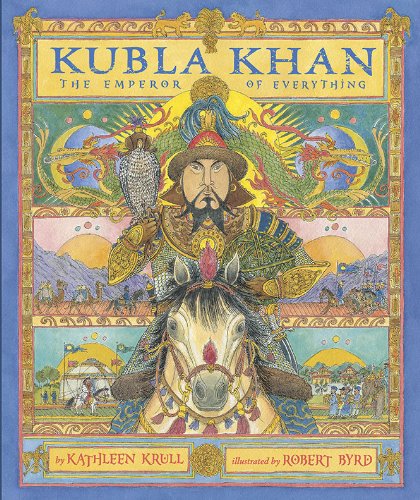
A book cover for Kubla Khan: The Emperor of Everything; Kathleen Krull; Children's Books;